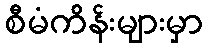
စီမံကိန်းများမှာ